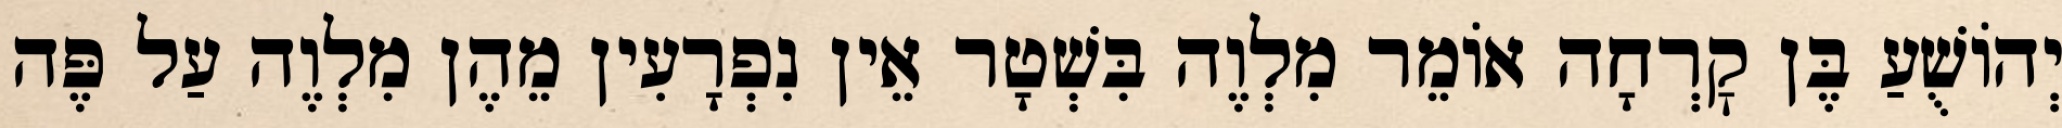
יְהוֹשֻׁעַ בֶּן קׇרְחָה אוֹמֵר מִלְוֶה בִּשְׁטָר אֵין נִפְרָעִין מֵהֶן מִלְוֶה עַל פֶּה